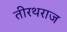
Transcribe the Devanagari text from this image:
तीरथराज